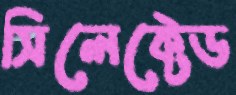
সিলেক্টেড